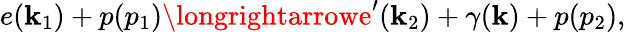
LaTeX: e(\mathbf{k}_{1})+p(p_{1})\longrightarrowe^{\prime}(\mathbf{k}_{2})+\gamma(\mathbf{k})+p(p_{2}),